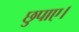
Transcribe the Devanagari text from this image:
छुपाए।